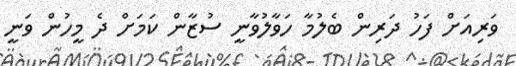
ވަރިއަށް ފަހު ދަރިން ބެލުމާ ހަވާލުވާނީ ސުޒާން ކަމަށް ދެ މީހުން ވަނީ